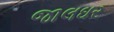
જાલઘર